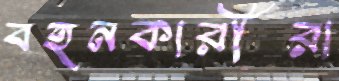
বহনকারীরা